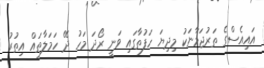
އައިއެސްގެ ތަރުޖަމާނަކު މިދިޔަ ހަފުތާގައި ވަނީ ރޯދަ މަހު ދޭ ހަމަލާތައް އިތުރު